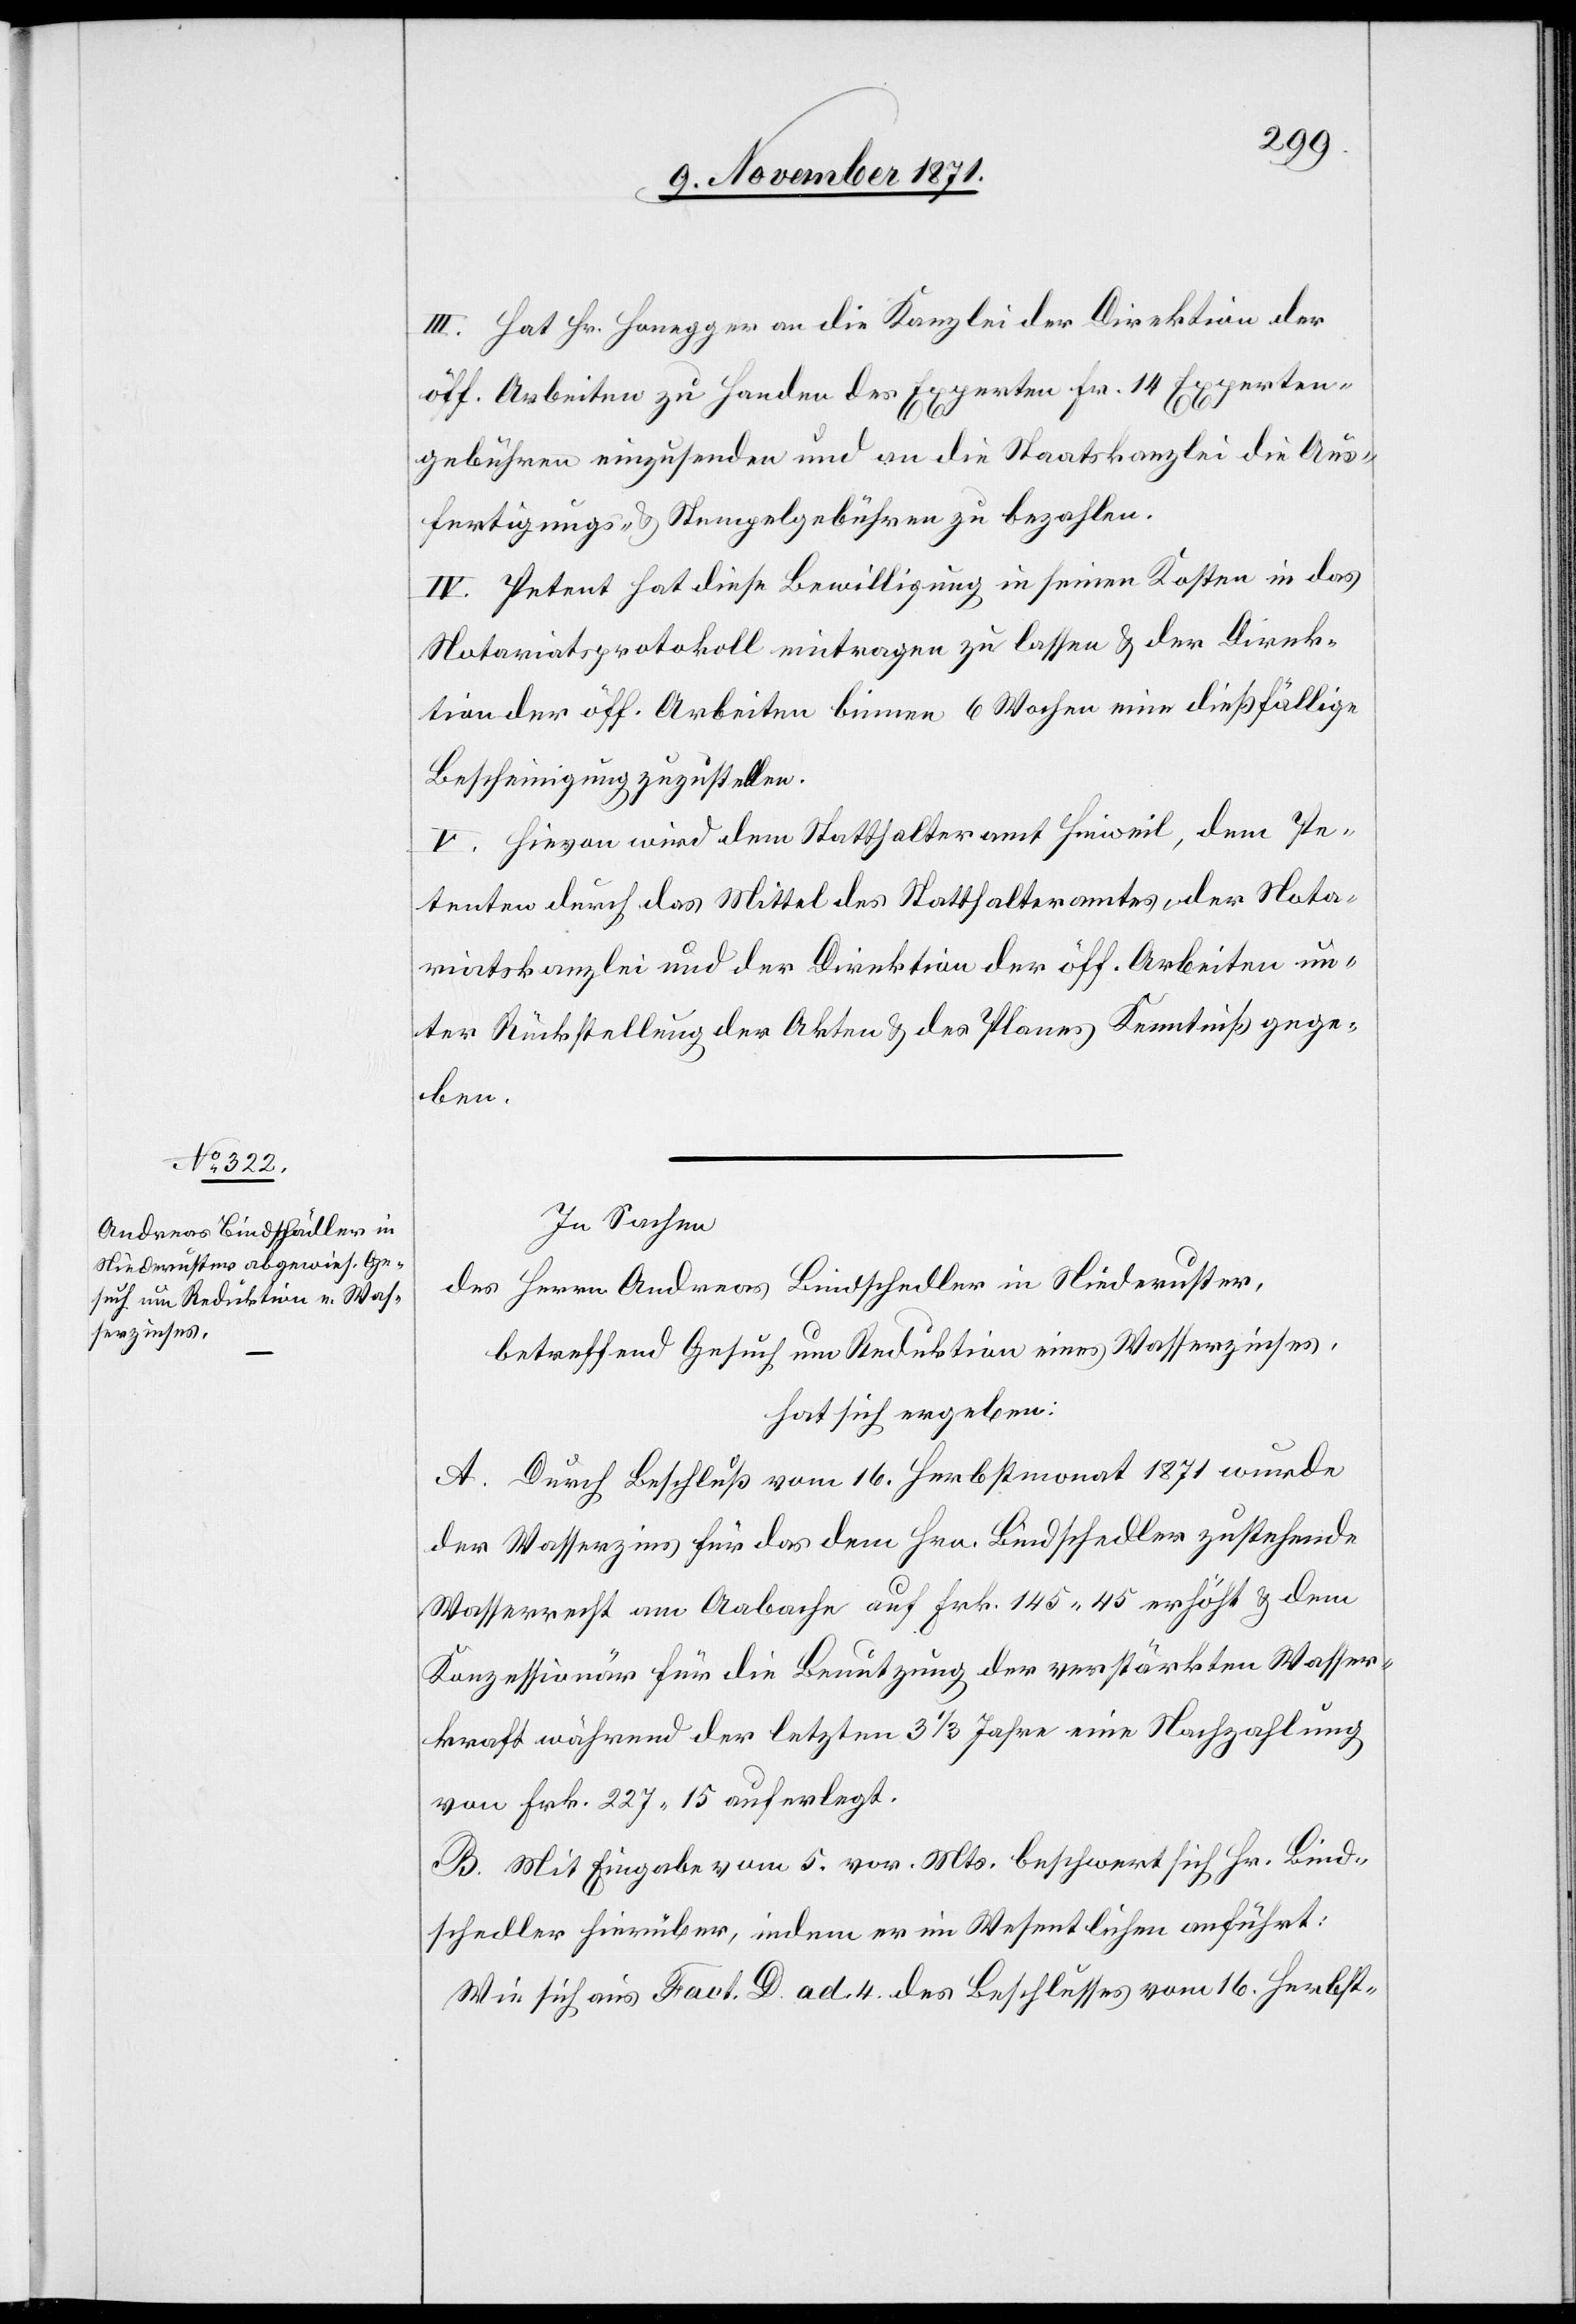
III. Hat Hr. Honegger an die Kanzlei der Direktion der
öff. Arbeiten zu Handen des Experten Fr. 14 Experten¬
gebühren einzusenden und an die Staatskanzlei die Aus¬
fertigungs- & Stempelgebühren zu bezahlen.
IV. Petent hat diese Bewilligung in seinen Kosten in das
Notariatsprotokoll eintragen zu lassen & der Direk¬
tion der öff. Arbeiten binnen 6 Wochen eine dießfällige
Bescheinigung zuzustellen.
V. Hievon wird dem Statthalteramt Hinweil, dem Pe¬
tenten durch das Mittel des Statthalteramtes, der Nota¬
riatskanzlei und der Direktion der öff. Arbeiten un¬
ter Rückstellung der Akten & des Planes Kenntniß gege¬
ben.
In Sachen
des Herrn Andreas Bindschedler [sic!] in Niederuster,
betreffend Gesuch um Reduktion eines Wasserzinses,
hat sich ergeben:
A. Durch Beschluß vom 16. Herbstmonat 1871 wurde
der Wasserzins für das dem Hrn. Bindschedler zustehende
Wasserrecht am Aabache auf Frk. 145.45 erhöht & dem
Konzessionär für die Benutzung der verstärkten Wasser¬
kraft während der letzten 3 1/3 Jahre eine Nachzahlung
von Frk. 227.15 auferlegt.
B. Mit Eingabe vom 5. vor. Mts. beschwert sich Hr. Bind¬
schedler hierüber, indem er im Wesentlichen anführt:
Wie sich aus Fact. D ad. 4. des Beschlusses vom 16. Herbst-